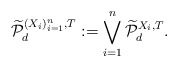
\begin{align*}\widetilde{\mathcal{P}}_d^{(X_i)_{i=1}^n,T}:=\bigvee_{i = 1}^n\widetilde{\mathcal{P}}_d^{X_i,T}.\end{align*}